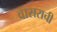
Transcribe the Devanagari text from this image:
वासराची